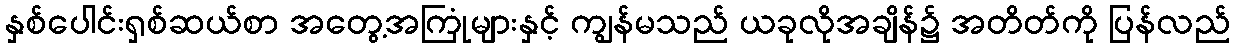
နှစ်ပေါင်းရှစ်ဆယ်စာ အတွေ့အကြုံများနှင့် ကျွန်မသည် ယခုလိုအချိန်၌ အတိတ်ကို ပြန်လည်